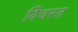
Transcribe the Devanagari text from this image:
विंचरत